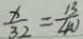
\frac { x } { 3 2 } = \frac { 1 3 } { 4 0 }